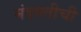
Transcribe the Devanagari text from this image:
मंदगतीची